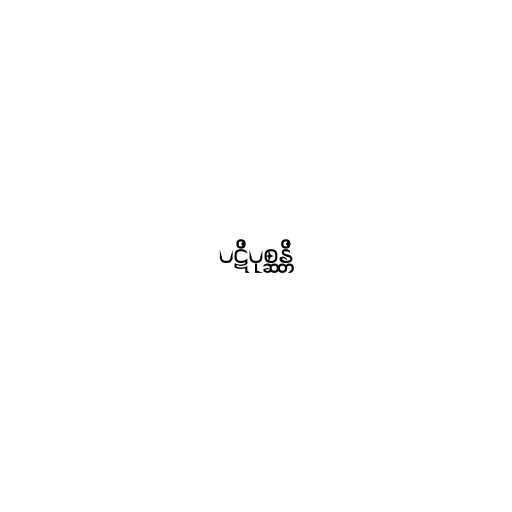
ပဋိပုစ္ဆန္တိ